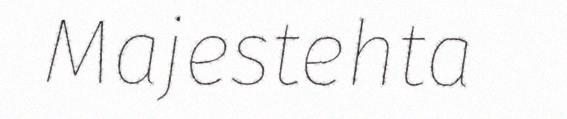
Majestehta